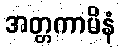
အတ္တကာမိနံ